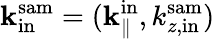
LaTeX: {\mathbf k}_{\mathrm{in}}^{\mathrm{sam}}=({\mathbf k}_{\parallel}^{\mathrm{in}},k_{z,\mathrm{in}}^{\mathrm{sam}})